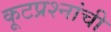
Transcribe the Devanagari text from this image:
कूटप्रश्नांची